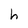
Character: h